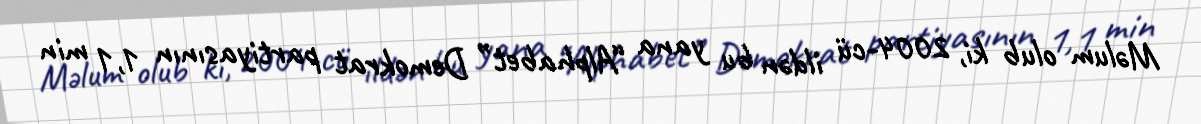
Məlum olub ki, 2004-cü ildən bu yana “Alphabet” Demokrat partiyasının 1,1 min